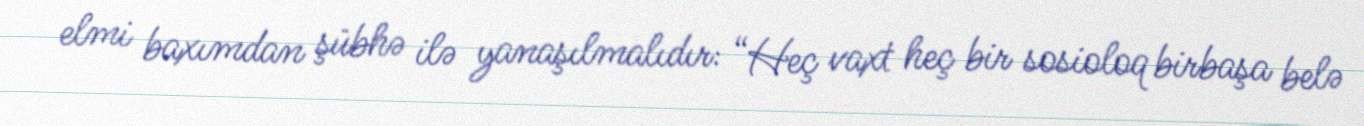
elmi baxımdan şübhə ilə yanaşılmalıdır: “Heç vaxt heç bir sosioloq birbaşa belə